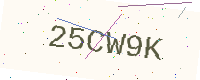
Text: 25CW9K